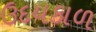
ઉદયકાળ